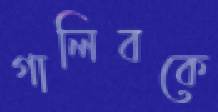
গালিবকে